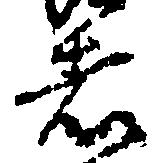
者